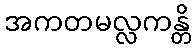
အကတမလ္လကန္တိ